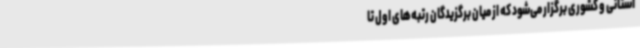
استانی و کشوری برگزار می‌شود که از میان برگزیدگان رتبه‌های اول تا